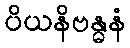
ပိယနိဗန္ဓနံ